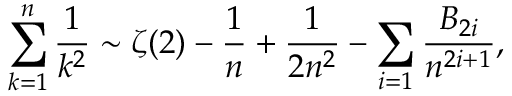
\sum _ { k = 1 } ^ { n } { \frac { 1 } { k ^ { 2 } } } \sim \zeta ( 2 ) - { \frac { 1 } { n } } + { \frac { 1 } { 2 n ^ { 2 } } } - \sum _ { i = 1 } { \frac { B _ { 2 i } } { n ^ { 2 i + 1 } } } ,